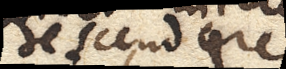
descendere